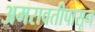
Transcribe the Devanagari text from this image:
अमरावतीपासून